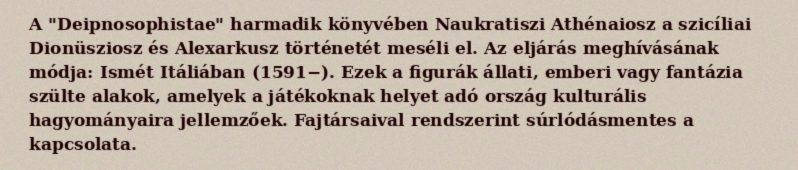
A "Deipnosophistae" harmadik könyvében Naukratiszi Athénaiosz a szicíliai Dionüsziosz és Alexarkusz történetét meséli el. Az eljárás meghívásának módja: Ismét Itáliában (1591−). Ezek a figurák állati, emberi vagy fantázia szülte alakok, amelyek a játékoknak helyet adó ország kulturális hagyományaira jellemzőek. Fajtársaival rendszerint súrlódásmentes a kapcsolata.